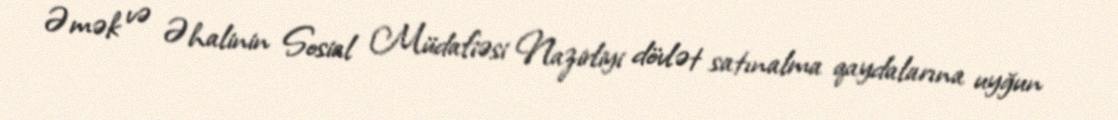
Əmək və Əhalinin Sosial Müdafiəsi Nazirliyi dövlət satınalma qaydalarına uyğun